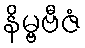
နိမ္ဗဗီဇံ